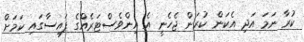
ކުރާ ނަމަ އަދި އެކަން ކުރަން ޖެހެނީ އެ އިންވެސްޓަރެއްގެ ފައިސާގައި ކަމަށް